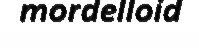
mordelloid